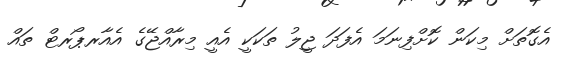
އެގޮތަށް މިކަން ކޮށްފިނަަމަ އެފަދަ ޖީލު ތަކަކީ އެއީ މިރާއްޖޭގެ އެއާރޕޯރޓް ތައް